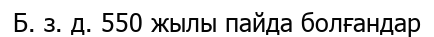
Б. з. д. 550 жылы пайда болғандар